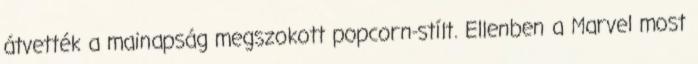
átvették a mainapság megszokott popcorn-stílt. Ellenben a Marvel most